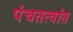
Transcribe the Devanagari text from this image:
पंचतत्वांत